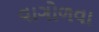
વાગોળવા